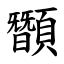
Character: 䫬